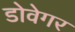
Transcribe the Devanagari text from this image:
डोवेगर